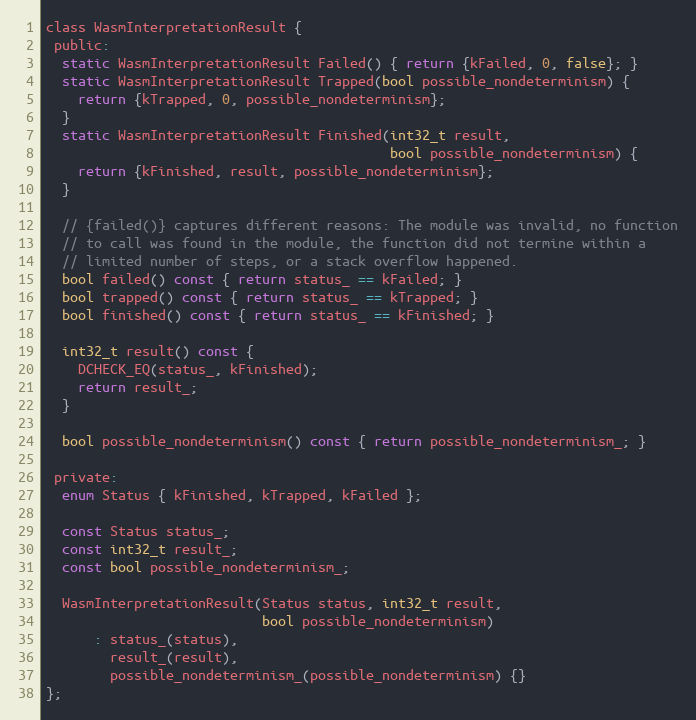
Language: C
class WasmInterpretationResult {
 public:
  static WasmInterpretationResult Failed() { return {kFailed, 0, false}; }
  static WasmInterpretationResult Trapped(bool possible_nondeterminism) {
    return {kTrapped, 0, possible_nondeterminism};
  }
  static WasmInterpretationResult Finished(int32_t result,
                                           bool possible_nondeterminism) {
    return {kFinished, result, possible_nondeterminism};
  }

  // {failed()} captures different reasons: The module was invalid, no function
  // to call was found in the module, the function did not termine within a
  // limited number of steps, or a stack overflow happened.
  bool failed() const { return status_ == kFailed; }
  bool trapped() const { return status_ == kTrapped; }
  bool finished() const { return status_ == kFinished; }

  int32_t result() const {
    DCHECK_EQ(status_, kFinished);
    return result_;
  }

  bool possible_nondeterminism() const { return possible_nondeterminism_; }

 private:
  enum Status { kFinished, kTrapped, kFailed };

  const Status status_;
  const int32_t result_;
  const bool possible_nondeterminism_;

  WasmInterpretationResult(Status status, int32_t result,
                           bool possible_nondeterminism)
      : status_(status),
        result_(result),
        possible_nondeterminism_(possible_nondeterminism) {}
};